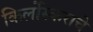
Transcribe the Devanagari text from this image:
किर्लोस्कराचे